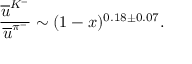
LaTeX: \frac { \overline { { { u } } } ^ { K ^ { - } } } { \overline { { { u } } } ^ { \pi ^ { - } } } \sim ( 1 - x ) ^ { 0 . 1 8 \pm 0 . 0 7 } .